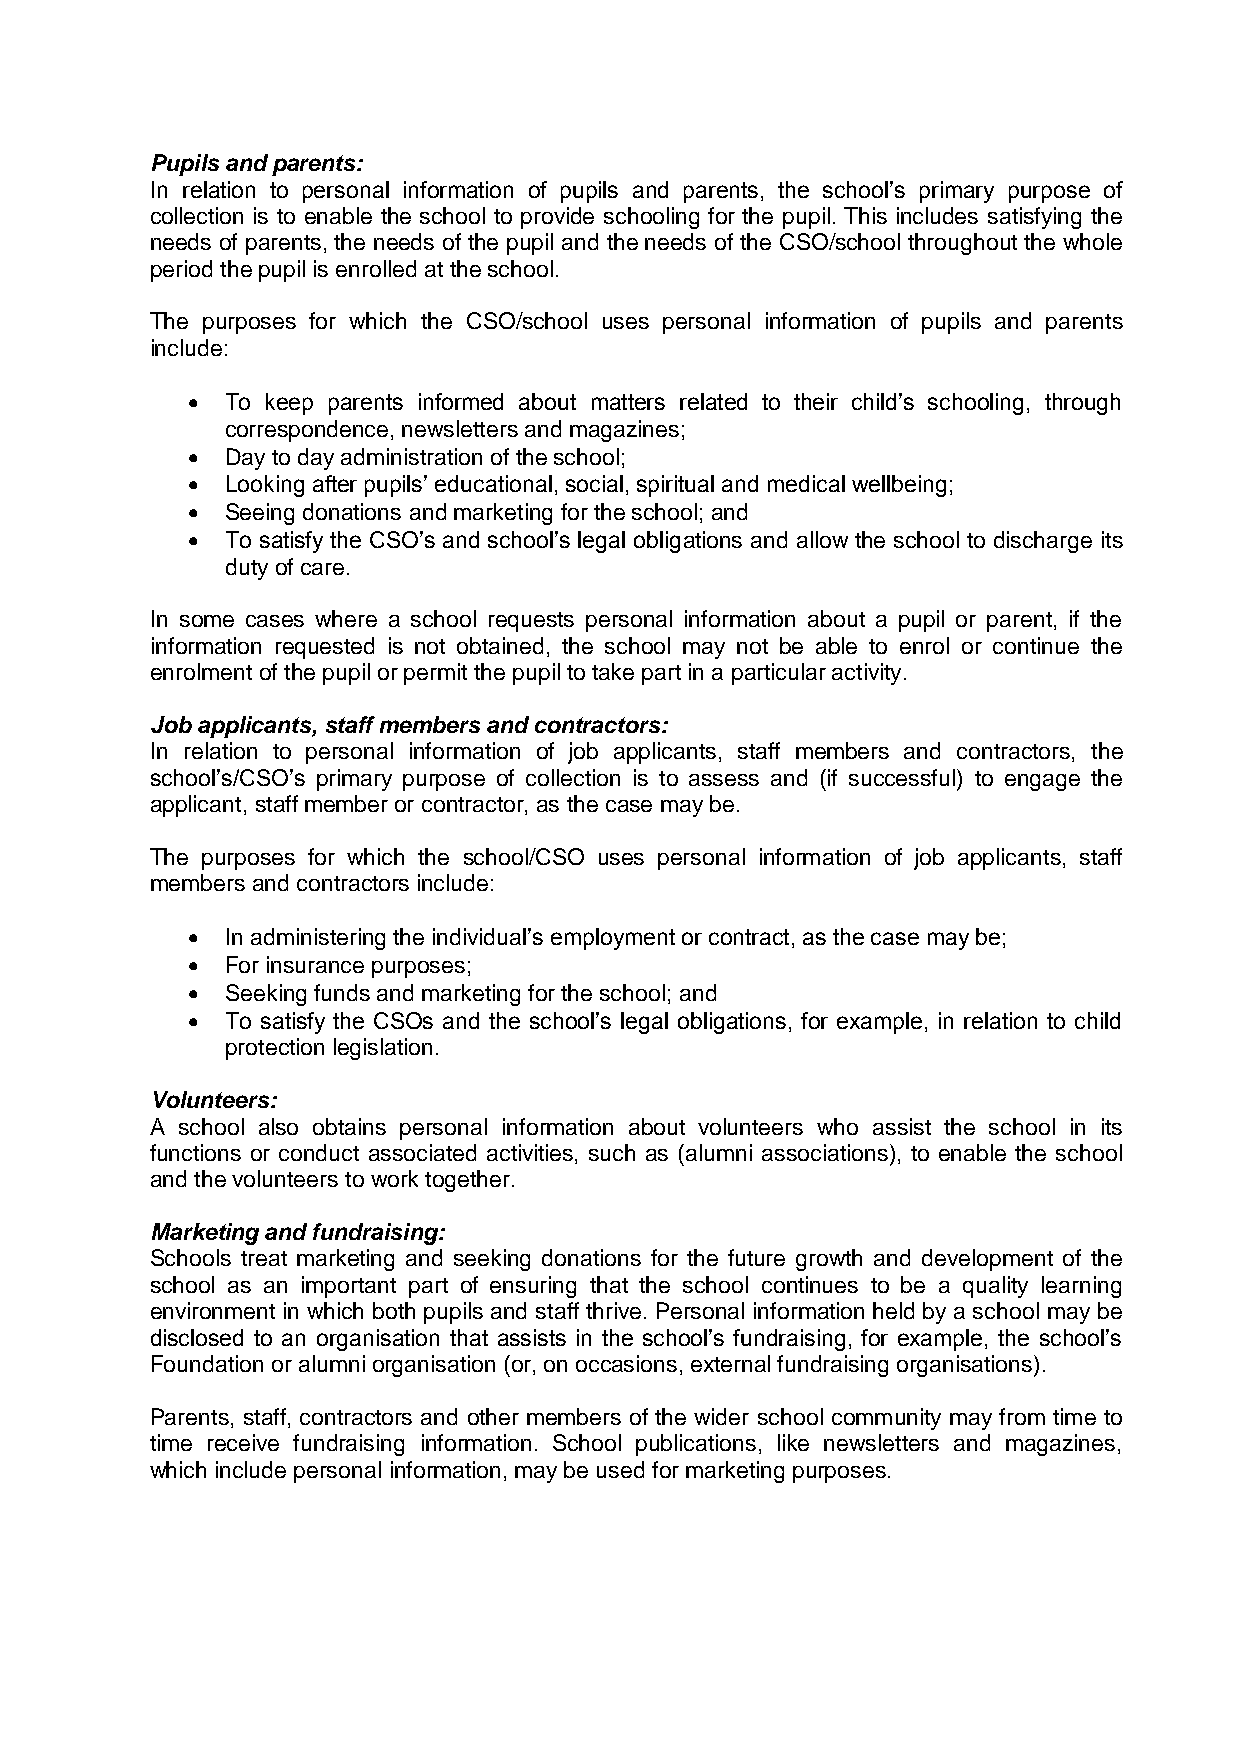
Pupils and parents:
 In relation to personal information of pupils and parents, the school’s primary purpose of
 collection is to enable the school to provide schooling for the pupil. This includes satisfying the
 needs of parents, the needs of the pupil and the needs of the CSO/school throughout the whole
 period the pupil is enrolled at the school.
 The purposes for which the CSO/school uses personal information of pupils and parents
 include:
   To keep parents informed about matters related to their child’s schooling, through
 correspondence, newsletters and magazines;
   Day to day administration of the school;
   Looking after pupils’ educational, social, spiritual and medical wellbeing;
   Seeing donations and marketing for the school; and
   To satisfy the CSO’s and school’s legal obligations and allow the school to discharge its
 duty of care.
 In some cases where a school requests personal information about a pupil or parent, if the
 information requested is not obtained, the school may not be able to enrol or continue the
 enrolment of the pupil or permit the pupil to take part in a particular activity.
 Job applicants, staff members and contractors:
 In relation to personal information of job applicants, staff members and contractors, the
 school’s/CSO’s primary purpose of collection is to assess and (if successful) to engage the
 applicant, staff member or contractor, as the case may be.
 The purposes for which the school/CSO uses personal information of job applicants, staff
 members and contractors include:
   In administering the individual’s employment or contract, as the case may be;
   For insurance purposes;
   Seeking funds and marketing for the school; and
   To satisfy the CSOs and the school’s legal obligations, for example, in relation to child
 protection legislation.
 Volunteers:
 A school also obtains personal information about volunteers who assist the school in its
 functions or conduct associated activities, such as (alumni associations), to enable the school
 and the volunteers to work together.
 Marketing and fundraising:
 Schools treat marketing and seeking donations for the future growth and development of the
 school as an important part of ensuring that the school continues to be a quality learning
 environment in which both pupils and staff thrive. Personal information held by a school may be
 disclosed to an organisation that assists in the school’s fundraising, for example, the school’s
 Foundation or alumni organisation (or, on occasions, external fundraising organisations).
 Parents, staff, contractors and other members of the wider school community may from time to
 time receive fundraising information. School publications, like newsletters and magazines,
 which include personal information, may be used for marketing purposes.